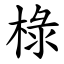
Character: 椂